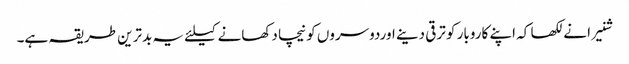
شنیرا نے لکھا کہ اپنے کاروبار کو ترقی دینے اوردوسروں کو نیچا دکھانے کیلئے یہ بدترین طریقہ ہے۔